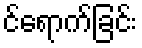
င်ရောက်ခြင်း